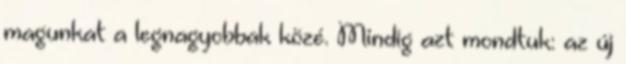
magunkat a legnagyobbak közé. Mindig azt mondtuk: az új